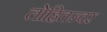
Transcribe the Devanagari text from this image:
लोहितज्वर